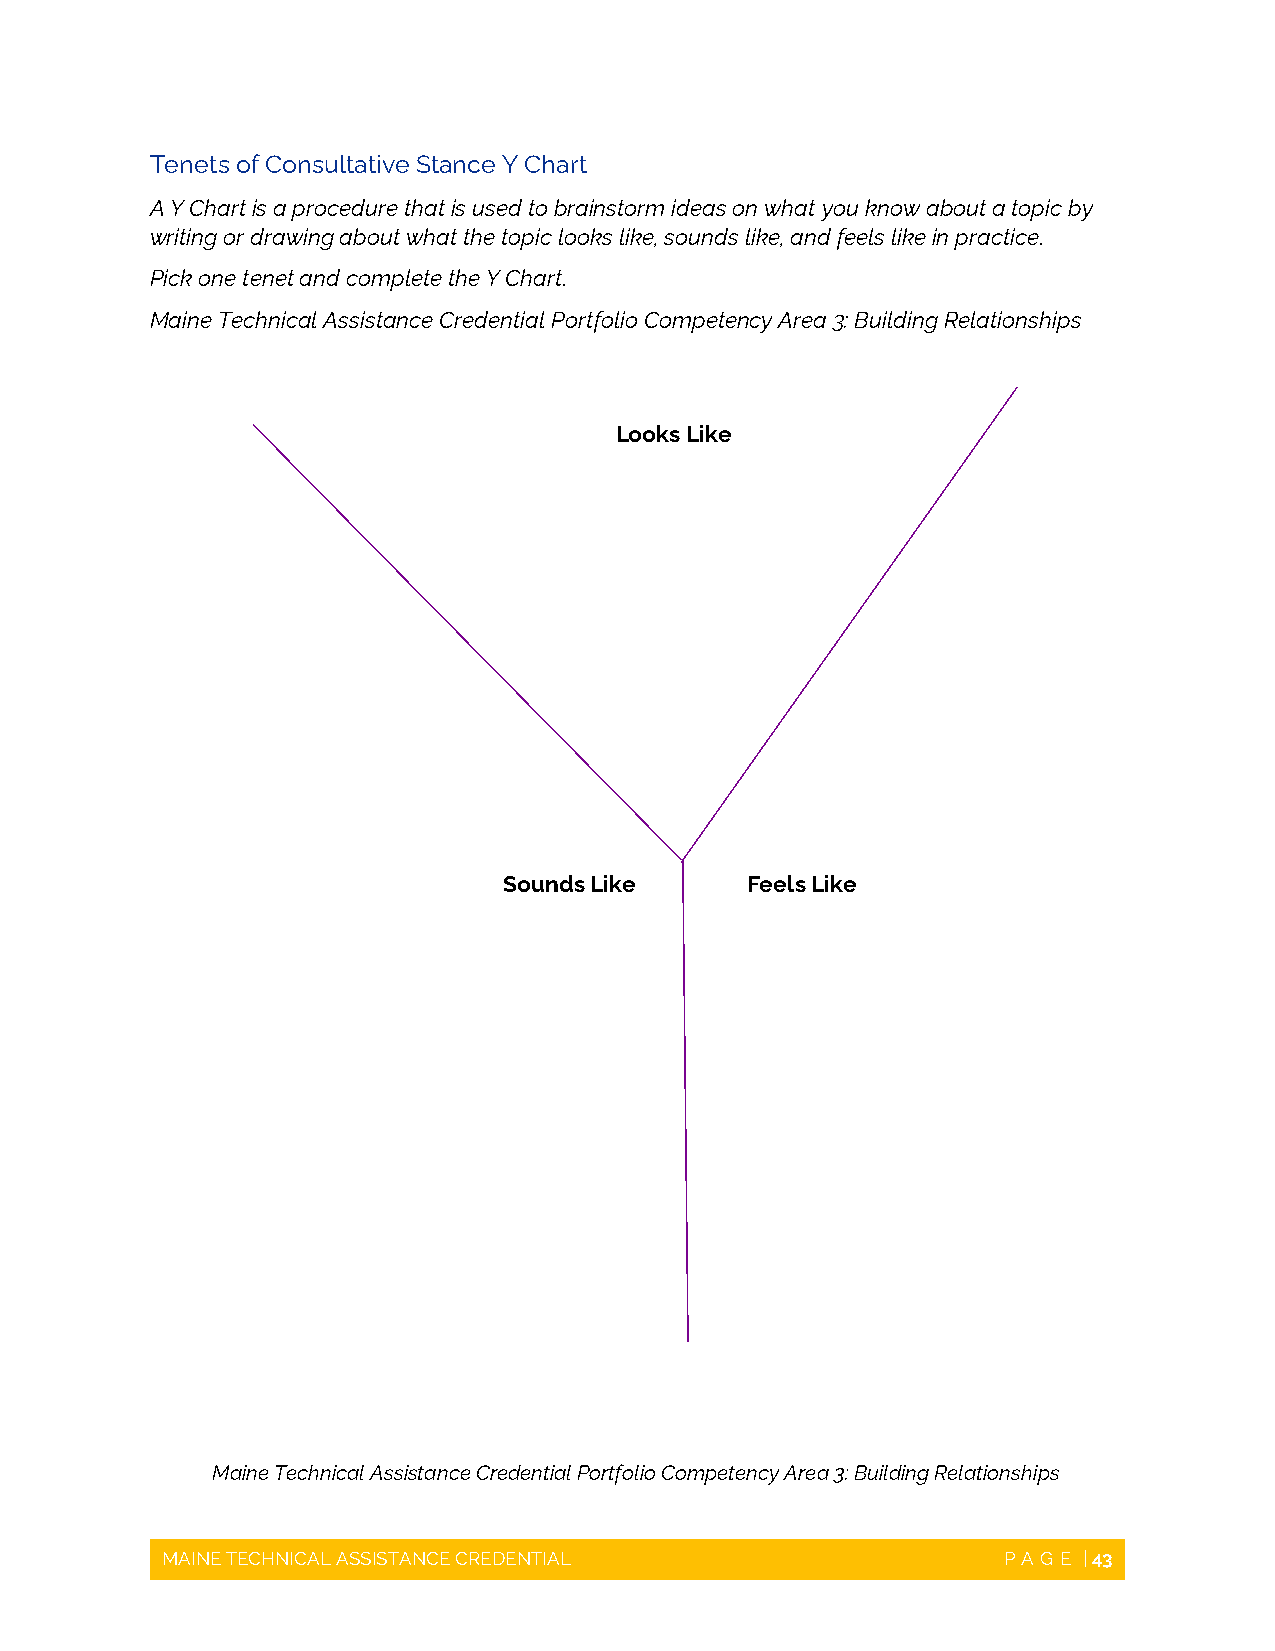
Tenets of Consultative Stance Y Chart
 A Y Chart is a procedure that is used to brainstorm ideas on what you know about a topic by
 writing or drawing about what the topic looks like, sounds like, and feels like in practice.
 Pick one tenet and complete the Y Chart.
 Maine Technical Assistance Credential Portfolio Competency Area 3: Building Relationships
 Looks Like
 Sounds Like     Feels Like
 Maine Technical Assistance Credential Portfolio Competency Area 3: Building Relationships
 MAINE TECHNICAL ASSISTANCE CREDENTIAL                  PAGE  | 43